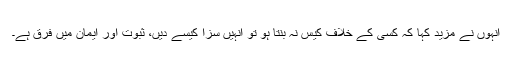
انہوں نے مزید کہا کہ کسی کے خلاف کیس نہ بنتا ہو تو انہیں سزا کیسے دیں، ثبوت اور ایمان میں فرق ہے۔